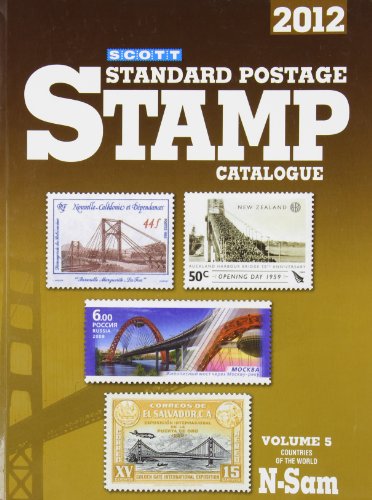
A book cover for Scott 2012 Standard Postage Stamp Catalogue Volume 5: Countries of the World N-Sam; James E. Kloetzel; Crafts, Hobbies & Home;